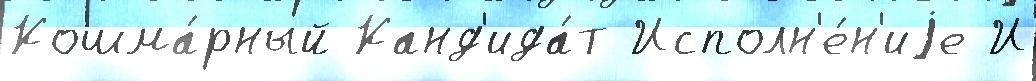
Кошма́рный Канд'ида́т Исполн'е́н'иjе И